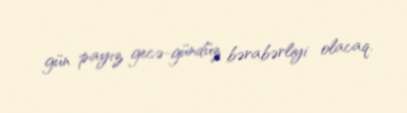
gün payız gecə-gündüz bərabərliyi olacaq.